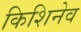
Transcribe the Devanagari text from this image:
किशिनेव